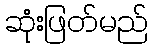
ဆုံးဖြတ်မည်